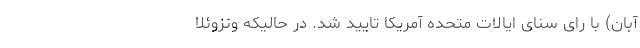
آبان) با رای سنای ایالات متحده آمریکا تایید شد. در حالیکه ونزوئلا